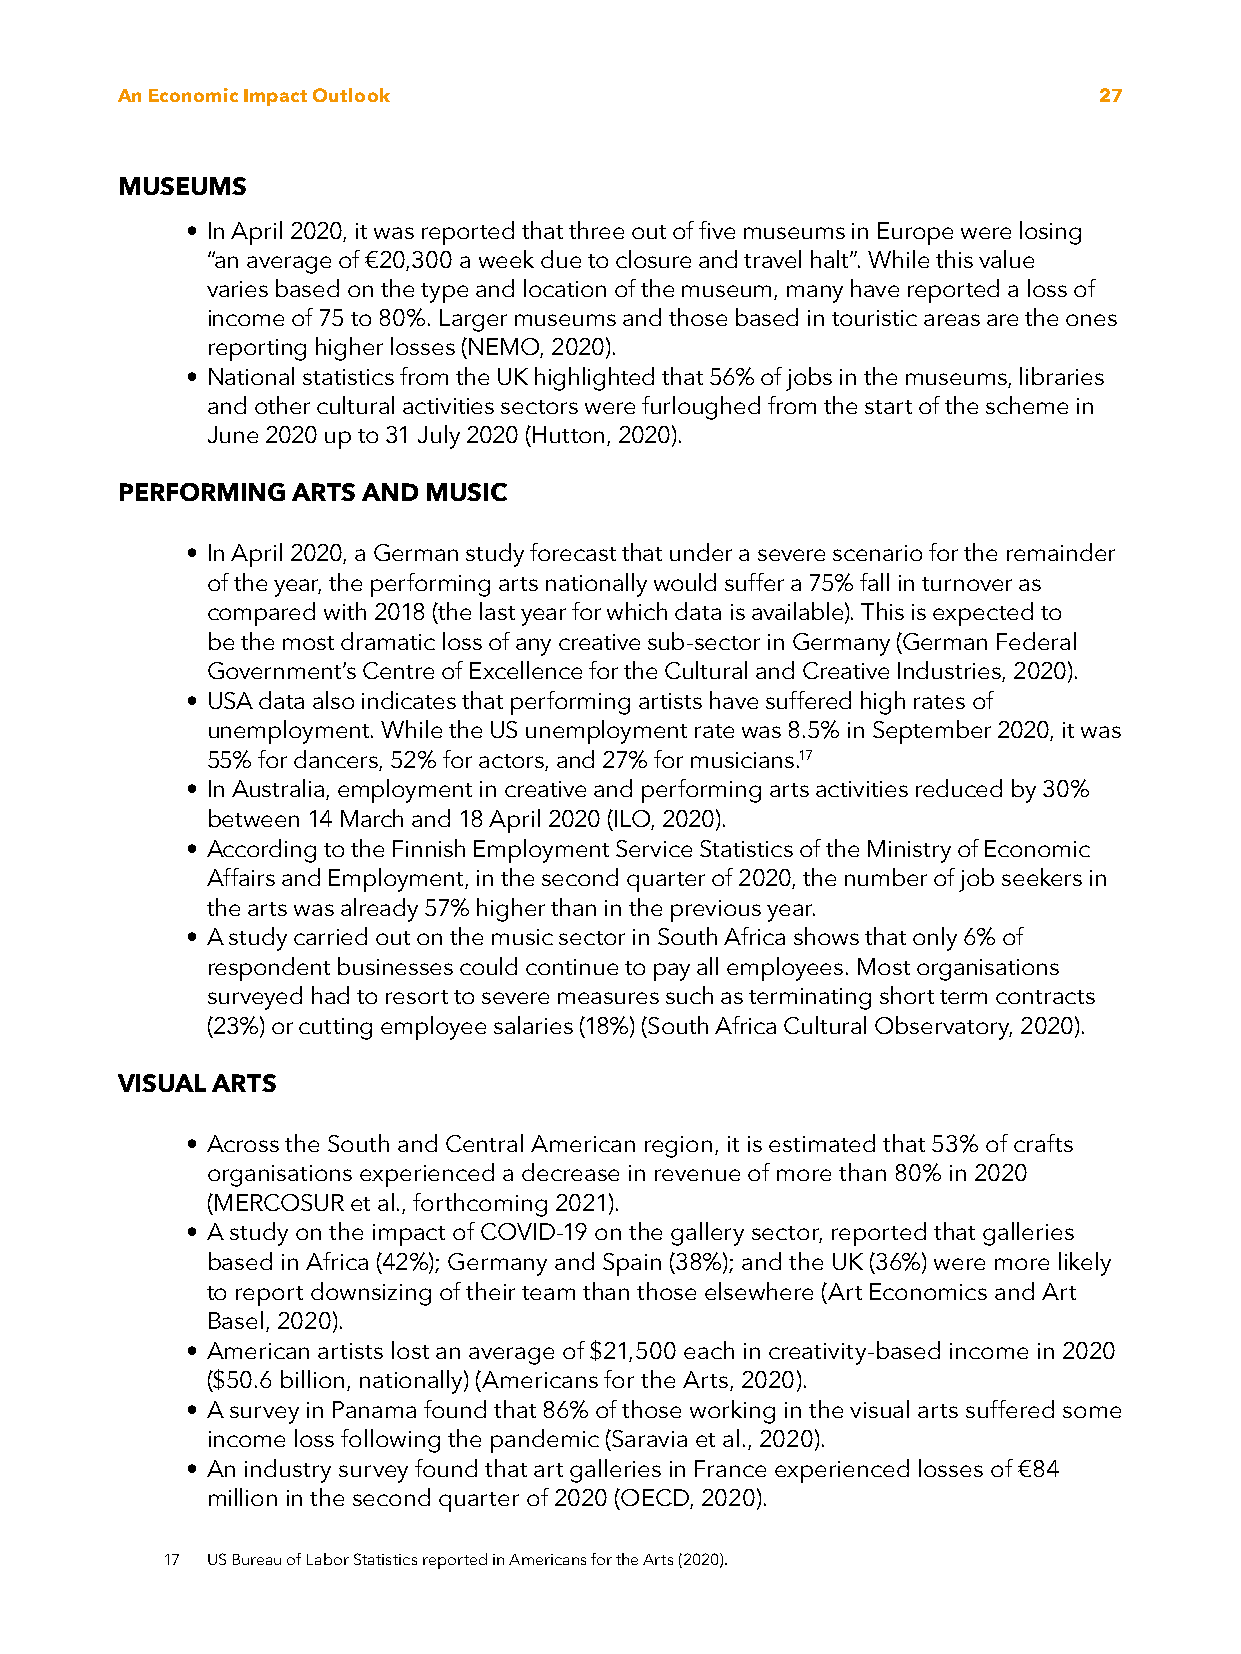
An Economic Impact Outlook                                       27
 MUSEUMS
 • In April 2020, it was reported that three out of five museums in Europe were losing
 “an average of €20,300 a week due to closure and travel halt”. While this value
 varies based on the type and location of the museum, many have reported a loss of
 income of 75 to 80%. Larger museums and those based in touristic areas are the ones
 reporting higher losses (NEMO, 2020).
 • National statistics from the UK highlighted that 56% of jobs in the museums, libraries
 and other cultural activities sectors were furloughed from the start of the scheme in
 June 2020 up to 31 July 2020 (Hutton, 2020).
 PERFORMING ARTS AND MUSIC
 • In April 2020, a German study forecast that under a severe scenario for the remainder
 of the year, the performing arts nationally would suffer a 75% fall in turnover as
 compared with 2018 (the last year for which data is available). This is expected to
 be the most dramatic loss of any creative sub-sector in Germany (German Federal
 Government’s Centre of Excellence for the Cultural and Creative Industries, 2020).
 • USA data also indicates that performing artists have suffered high rates of
 unemployment. While the US unemployment rate was 8.5% in September 2020, it was
 55% for dancers, 52% for actors, and 27% for musicians.17
 • In Australia, employment in creative and performing arts activities reduced by 30%
 between 14 March and 18 April 2020 (ILO, 2020).
 • According to the Finnish Employment Service Statistics of the Ministry of Economic
 Affairs and Employment, in the second quarter of 2020, the number of job seekers in
 the arts was already 57% higher than in the previous year.
 • A study carried out on the music sector in South Africa shows that only 6% of
 respondent businesses could continue to pay all employees. Most organisations
 surveyed had to resort to severe measures such as terminating short term contracts
 (23%) or cutting employee salaries (18%) (South Africa Cultural Observatory, 2020).
 VISUAL ARTS
 • Across the South and Central American region, it is estimated that 53% of crafts
 organisations experienced a decrease in revenue of more than 80% in 2020
 (MERCOSUR et al., forthcoming 2021).
 • A study on the impact of COVID-19 on the gallery sector, reported that galleries
 based in Africa (42%); Germany and Spain (38%); and the UK (36%) were more likely
 to report downsizing of their team than those elsewhere (Art Economics and Art
 Basel, 2020).
 • American artists lost an average of $21,500 each in creativity-based income in 2020
 ($50.6 billion, nationally) (Americans for the Arts, 2020).
 • A survey in Panama found that 86% of those working in the visual arts suffered some
 income loss following the pandemic (Saravia et al., 2020).
 • An industry survey found that art galleries in France experienced losses of €84
 million in the second quarter of 2020 (OECD, 2020).
 17 US Bureau of Labor Statistics reported in Americans for the Arts (2020).